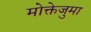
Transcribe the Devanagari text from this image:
मोक्तेजुमा